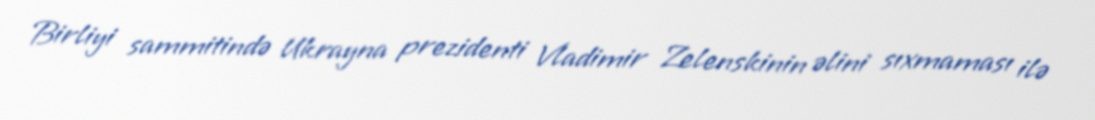
Birliyi sammitində Ukrayna prezidenti Vladimir Zelenskinin əlini sıxmaması ilə